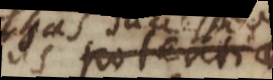
esse potentia